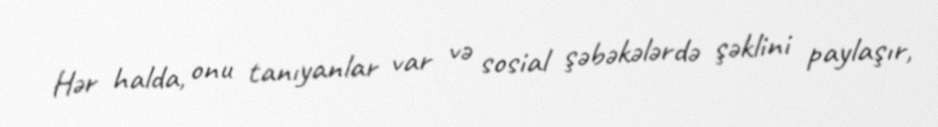
Hər halda, onu tanıyanlar var və sosial şəbəkələrdə şəklini paylaşır,